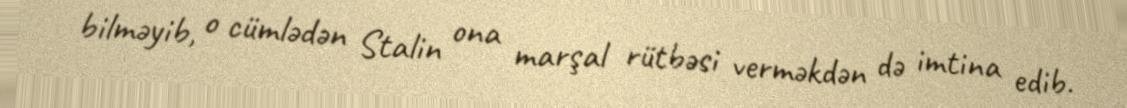
bilməyib, o cümlədən Stalin ona marşal rütbəsi verməkdən də imtina edib.